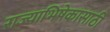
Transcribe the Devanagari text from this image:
राज्याभिषेकासाठी